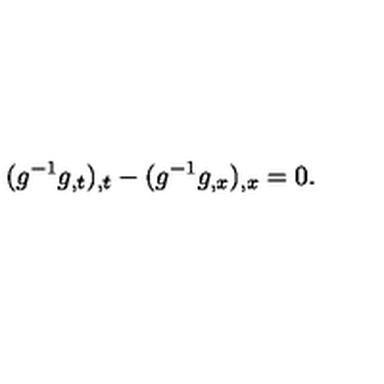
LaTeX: ( g ^ { - 1 } g _ { , t } ) _ { , t } - ( g ^ { - 1 } g _ { , x } ) _ { , x } = 0 .